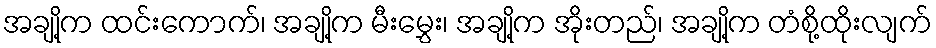
အချို့က ထင်းကောက်၊ အချို့က မီးမွှေး၊ အချို့က အိုးတည်၊ အချို့က တံစို့ထိုးလျက်